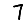
Digit: 7